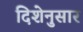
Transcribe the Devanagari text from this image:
दिशेनुसार